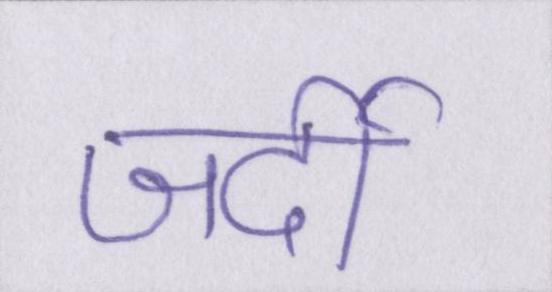
जर्दी